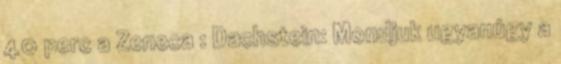
40 perc a Zeneca : Dachstein: Mondjuk ugyanúgy a